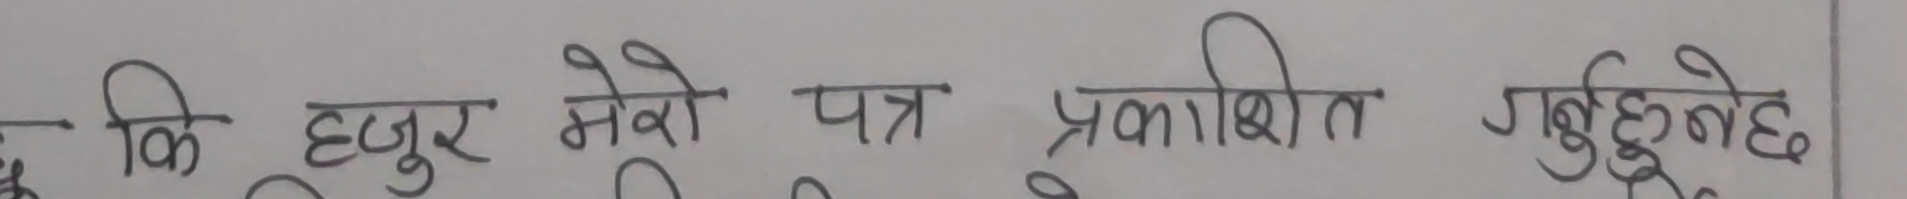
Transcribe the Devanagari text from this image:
कि हजुर मेरो पत्र प्रकाशित गर्नुहुनेछ।